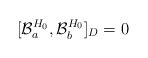
\begin{align*}[{\cal B}_{a}^{H_{0}}, {\cal B}_{b}^{H_{0}}]_{D} = 0\end{align*}